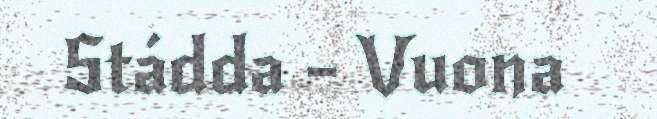
Stádda – Vuona